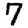
Digit: 7